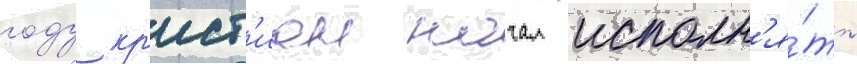
году кр'ист'иан начал исполн'я́ть